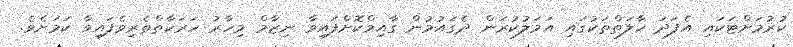
ކުރުމަށްޓަކައި އެފަދަ ހާލަތްތަކުގައި އަމަލުކުރަން ދެގައުމުން ގާއިމްކޮށްފައިވާ ނިޒާމް މިހާރު ހަރަކާތްތެރިވެފައިވާ ކަމަށެވެ.